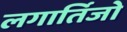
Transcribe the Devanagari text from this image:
लगार्तिजो